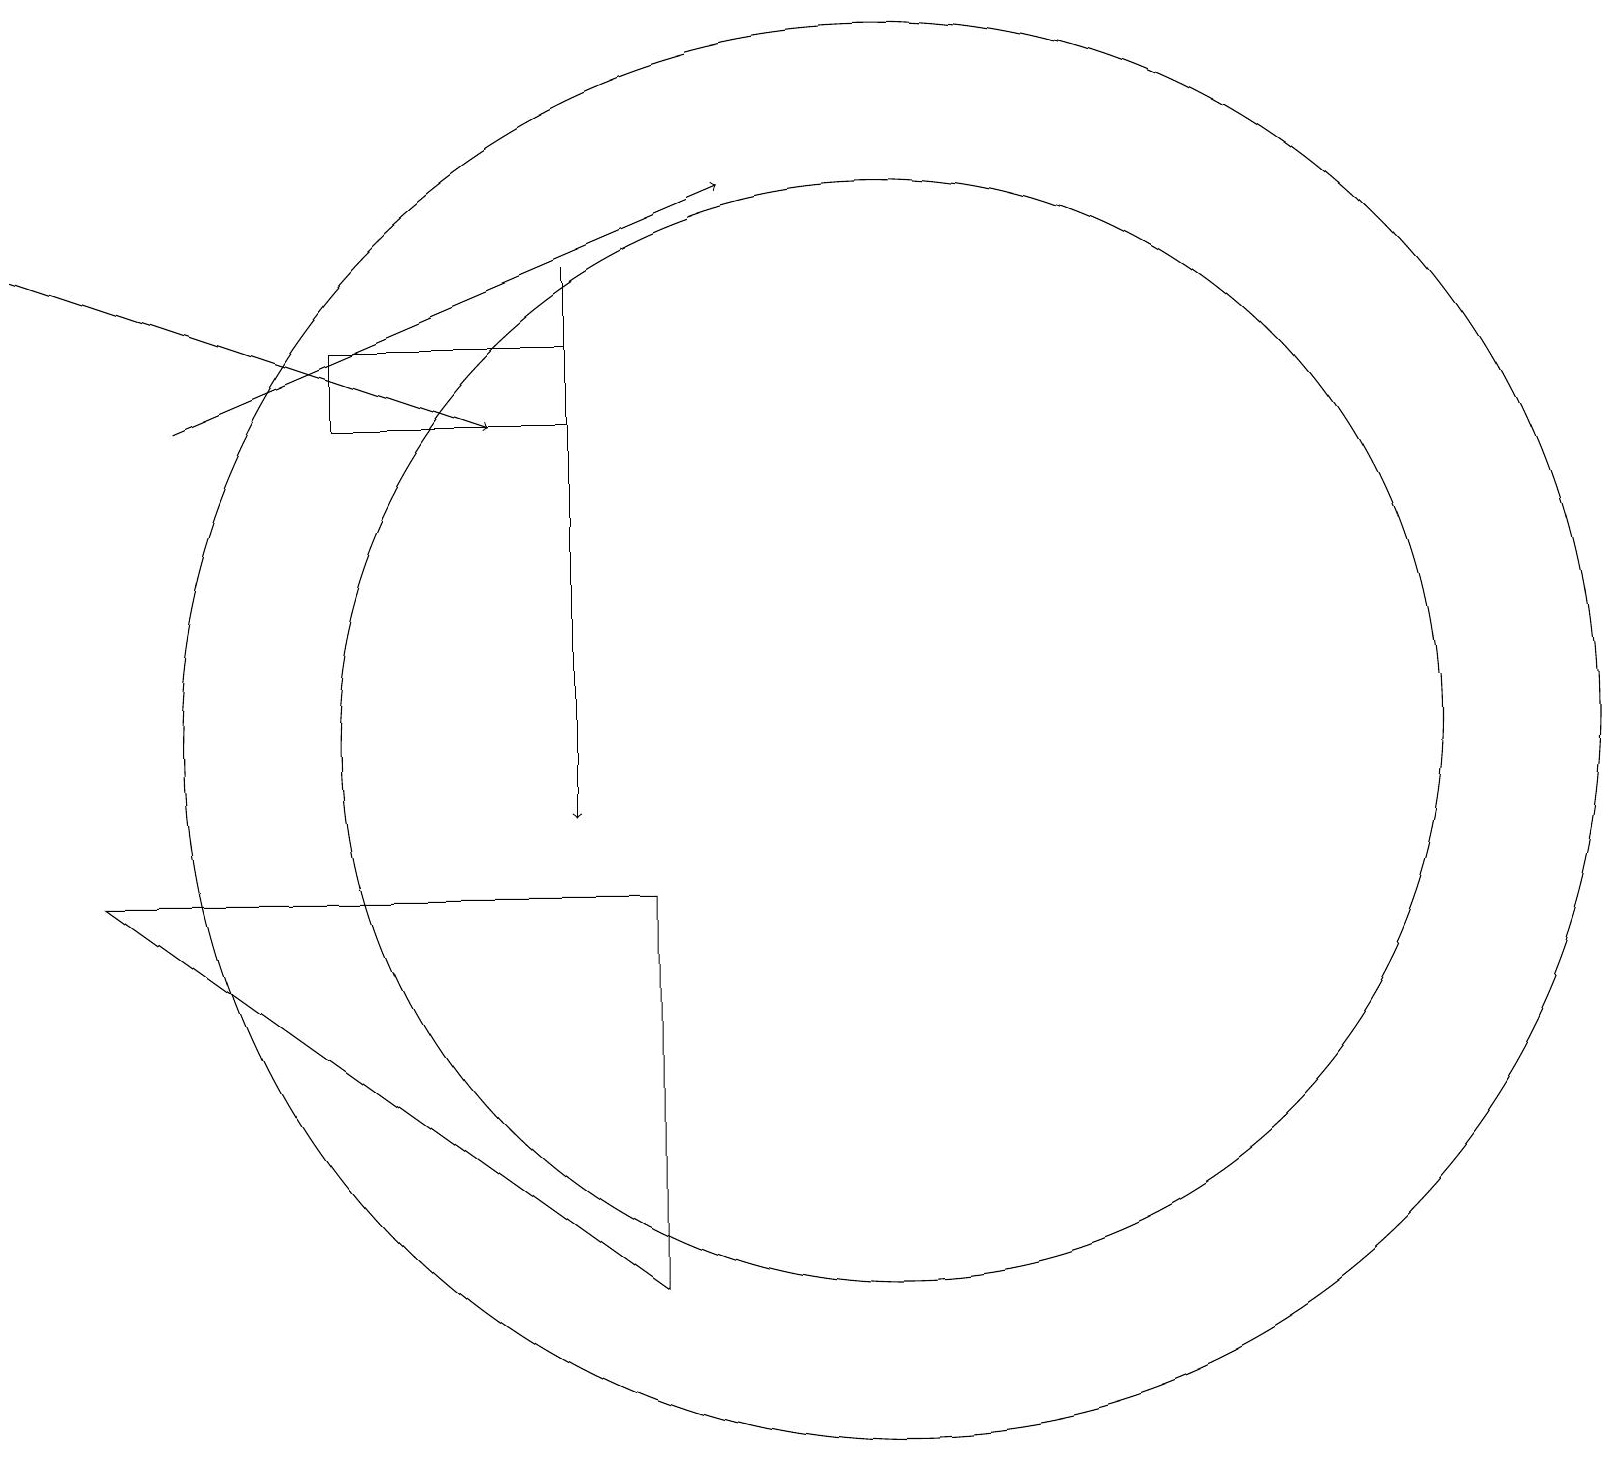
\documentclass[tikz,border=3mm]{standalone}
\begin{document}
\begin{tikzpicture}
\draw (8,4) -- (8,9) -- (1,9) -- cycle;
\draw (7,15) rectangle (4,16);
\draw (11,11) circle (7);
\draw (11,11) circle (9);
\draw[->] (2,15) -- (9,18);
\draw[->] (0,17) -- (6,15);
\draw[->] (7,17) -- (7,10);
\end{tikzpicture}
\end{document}